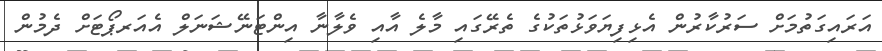
އަރައިގަތުމަށް ސަރުކާރުން އެޅިފިޔަވަޅުތަކުގެ ތެރޭގައި މާލެ އާއި ވެލާނާ އިންޓަނޭޝަނަލް އެއަރޕޯޓަށް ދެމުން